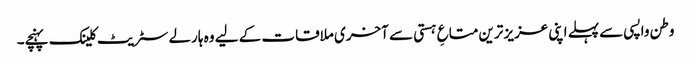
وطن واپسی سے پہلے اپنی عزیز ترین متاعِ ہستی سے آخری ملاقات کے لیے وہ ہارلے سٹریٹ کلینک پہنچے۔